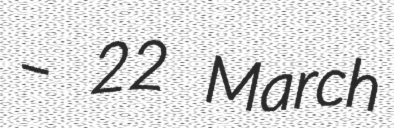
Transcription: – 22 March